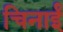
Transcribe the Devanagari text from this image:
चिनाईं